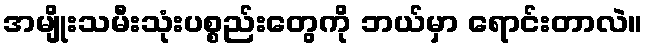
အမျိုးသမီးသုံးပစ္စည်းတွေကို ဘယ်မှာ ရောင်းတာလဲ။